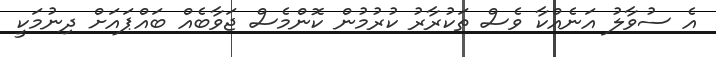
އެ ސުވާލު އަނެއްކާ ވެސް ތަކުރާރު ކުރުމުން ކޮންމެސް ޖަވާބެއް ބައްޕައަށް ދިނުމަކީ